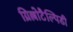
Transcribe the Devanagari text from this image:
ग्रिल्लोटैल्पिडी